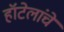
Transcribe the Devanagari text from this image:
हॉटेलांचे